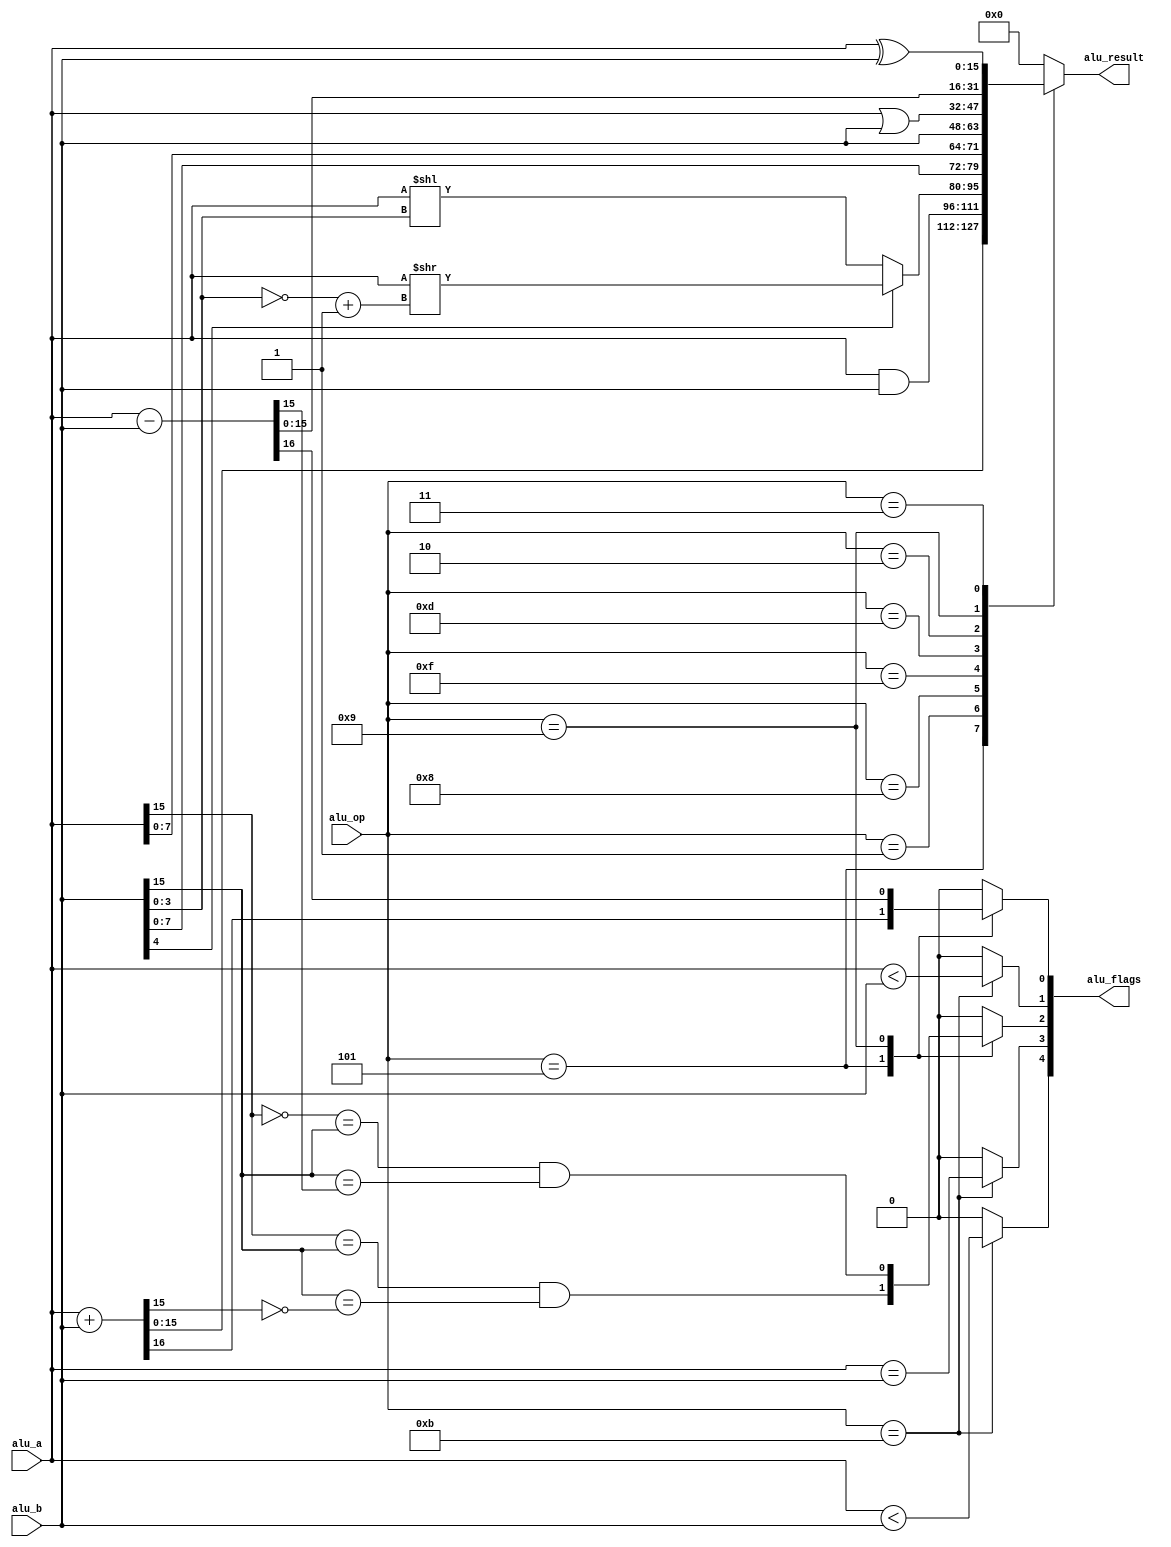
module alu(
    input [WORD_WIDTH-1:0] alu_a,
    input [WORD_WIDTH-1:0] alu_b,
    input [OPCODE_WIDTH-1:0] alu_op,
    output reg [WORD_WIDTH-1:0] alu_result,
    output reg [NUM_FLAGS-1:0] alu_flags
    );

/* widths */
parameter OPCODE_WIDTH = 4;
parameter WORD_WIDTH   = 16;
parameter NUM_FLAGS    = 5;

/* convenience parameters */
localparam SIGN_BIT = WORD_WIDTH - 1;

/* opcodes */
parameter ADD   = 'b0101;
parameter AND   = 'b0001;
parameter CMP   = 'b1011;
parameter LSH   = 'b1000;
parameter LUI   = 'b1111;
parameter MOV   = 'b1101;
parameter OR    = 'b0010;
parameter SUB   = 'b1001;
parameter XOR   = 'b0011;

/* flag bit positions */
parameter CARRY    = 0;
parameter LOW      = 1;
parameter FLAG     = 2;
parameter Z        = 3;
parameter NEGATIVE = 4;

/* flag bit masks */
localparam CARRY_BIT    = 1 << CARRY;
localparam LOW_BIT      = 1 << LOW;
localparam FLAG_BIT     = 1 << FLAG;
localparam Z_BIT        = 1 << Z;
localparam NEGATIVE_BIT = 1 << NEGATIVE;

/* functions */
function bits_equal;
  input a, b, c;
  bits_equal = (a == b) & (b == c);
endfunction

/* the good stuff */
/* all opcodes are exactly as described in the cr16 manual */
always @*
begin
  alu_flags = 0;
  alu_result = 0;
  case (alu_op)
    ADD: begin
      {alu_flags[CARRY],alu_result} = alu_a + alu_b;
      alu_flags[FLAG] = bits_equal(alu_a[SIGN_BIT], alu_b[SIGN_BIT], ~alu_result[SIGN_BIT]);
    end
    AND: alu_result = alu_a & alu_b;
    CMP: begin
      alu_flags[Z] = alu_a == alu_b;
      alu_flags[NEGATIVE] = $signed(alu_a) < $signed(alu_b);
      alu_flags[LOW] = alu_a < alu_b;
    end
    LSH: alu_result = alu_b[4] ? alu_a >> (~alu_b[3:0] + 4'd1) : alu_a << alu_b[3:0];
    LUI: alu_result = {alu_b[(WORD_WIDTH/2)-1:0], alu_a[(WORD_WIDTH/2)-1:0]};
    MOV: alu_result = alu_b;
    OR: alu_result = alu_a | alu_b;
    SUB: begin
      {alu_flags[CARRY],alu_result} = alu_a - alu_b;
      alu_flags[FLAG] = bits_equal(~alu_a[SIGN_BIT], alu_b[SIGN_BIT], alu_result[SIGN_BIT]);
    end
    XOR: alu_result = alu_a ^ alu_b;
  endcase
end
endmodule